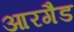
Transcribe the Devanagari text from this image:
आरगैड